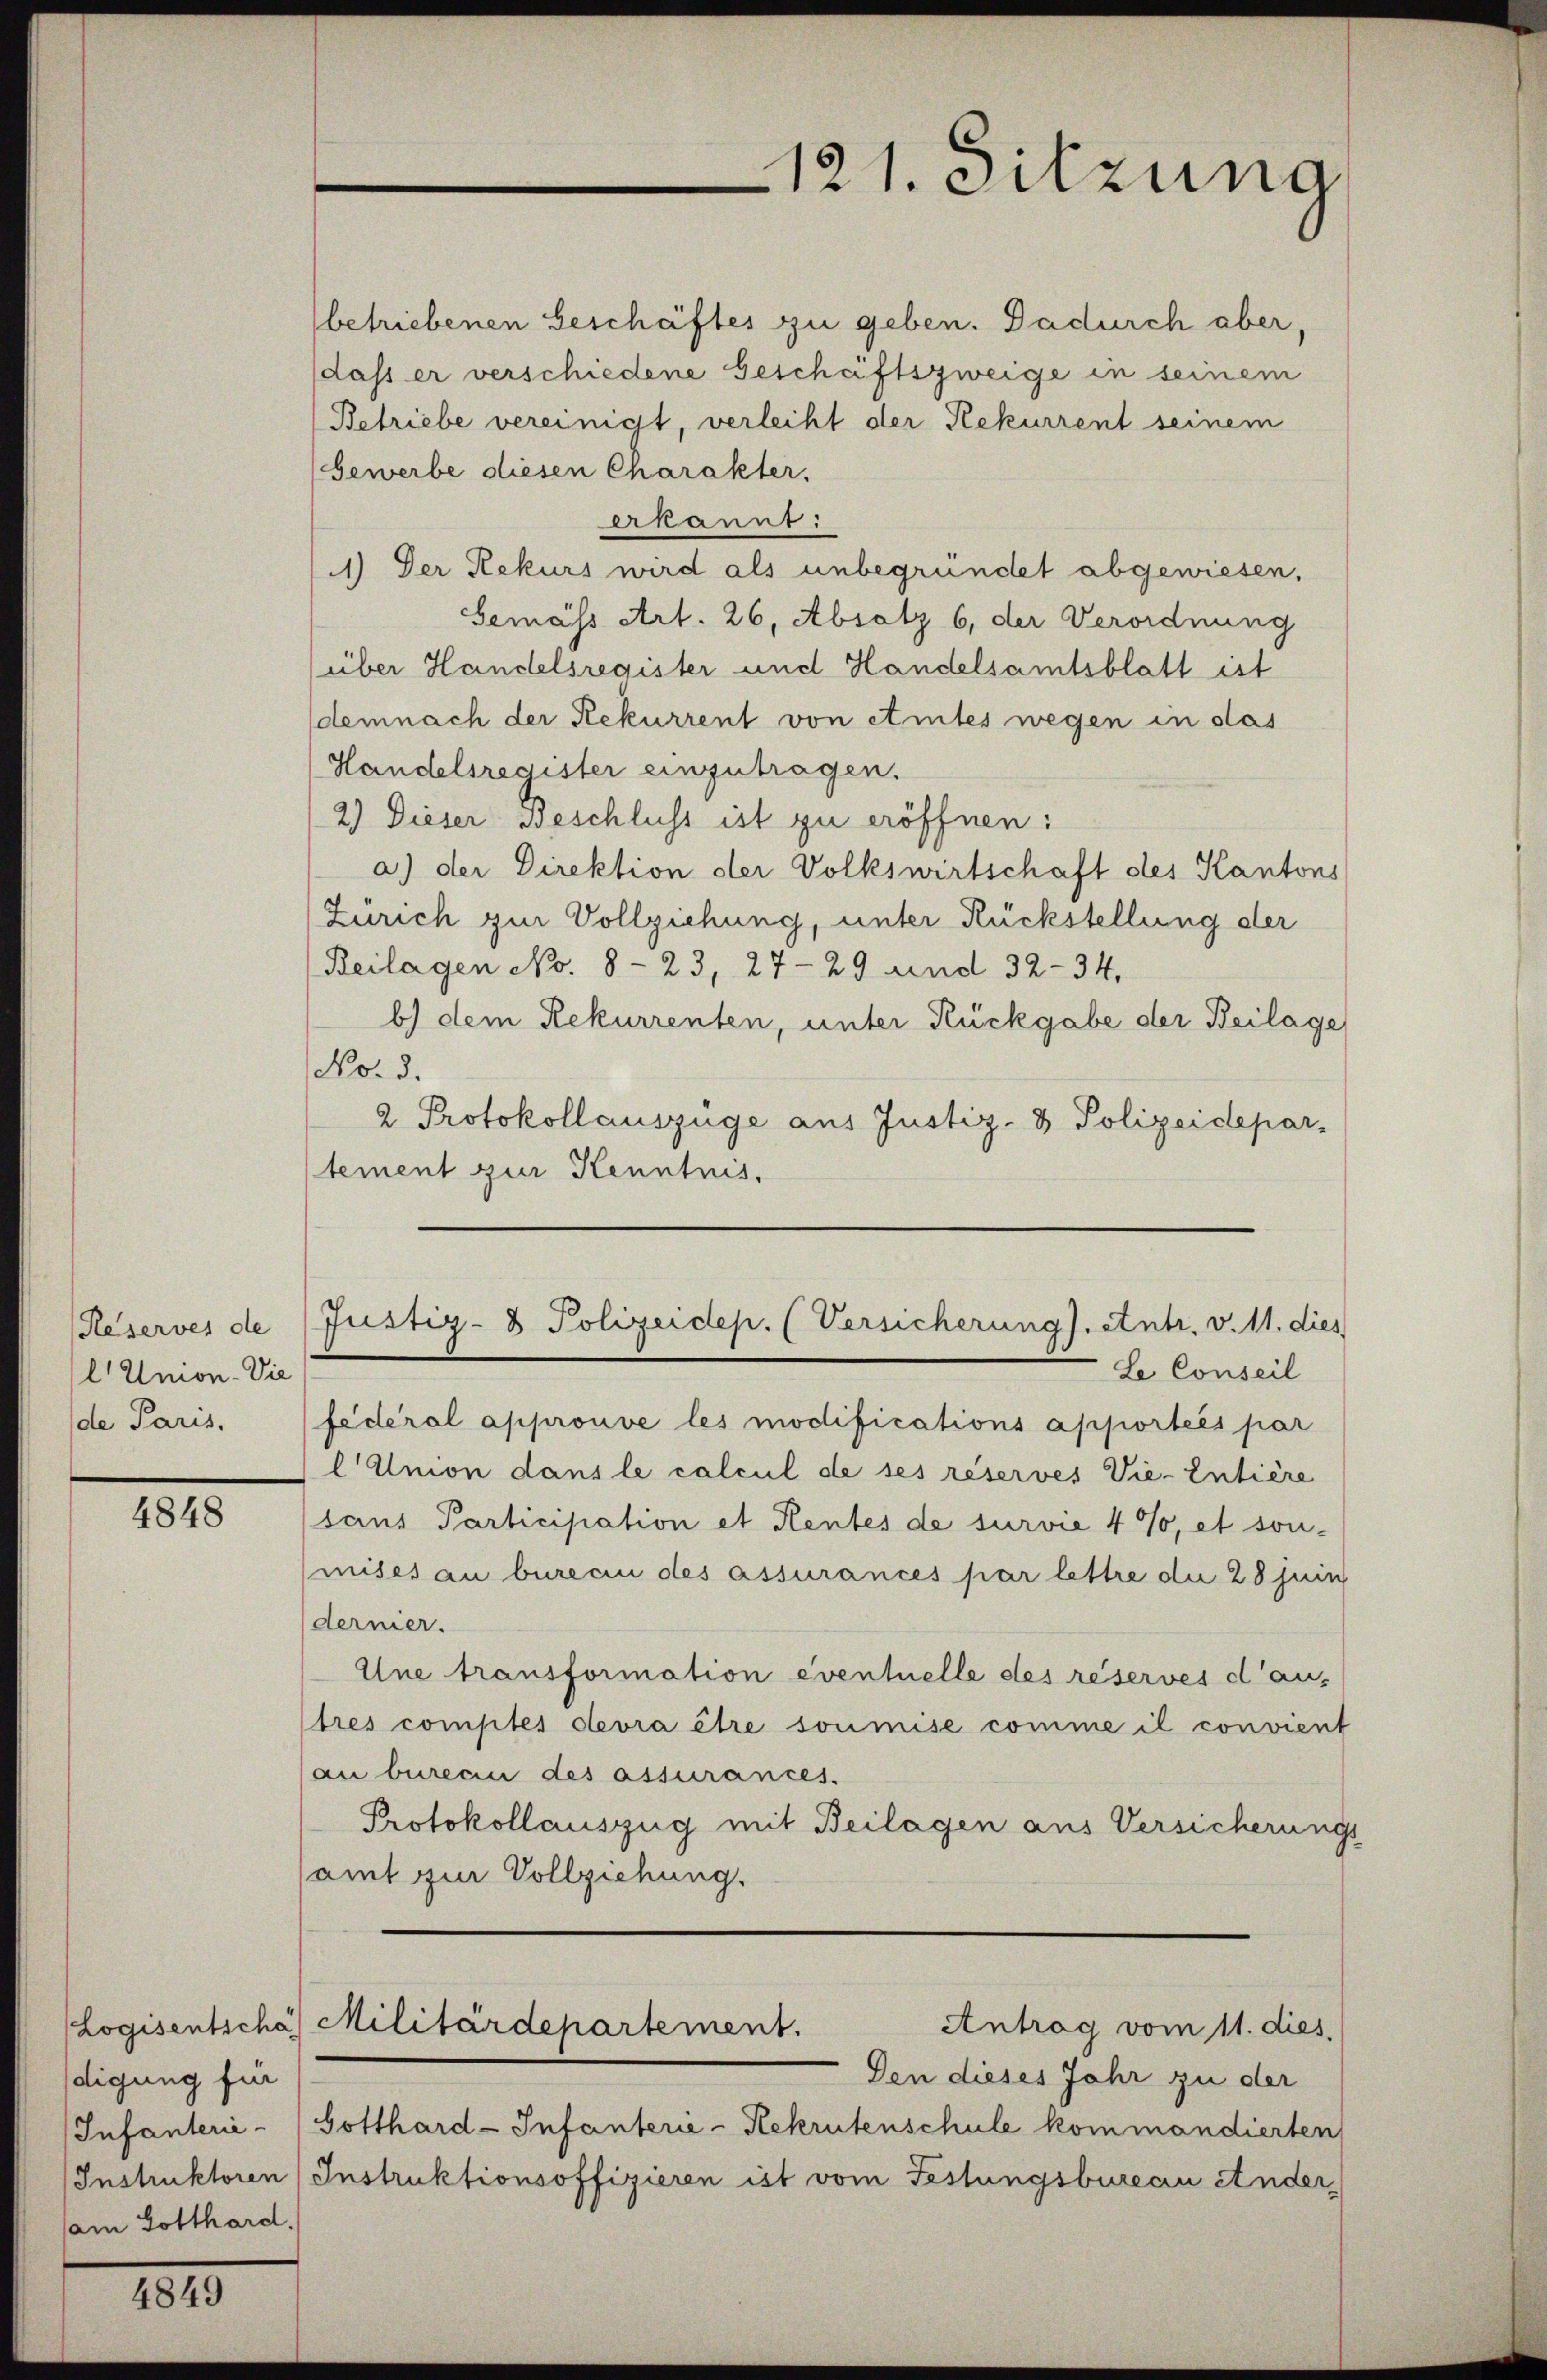
Reserves de
lUmon. Vie
de Paris.

4848

digung für
Infanteri-
Instruktoren
am Gotthard.

4849

(betriebenen Beschäftes zu geben. Dadurch aber,
dass er verschiedene Geschäftszweige in seinem
Betriebe vereinigt, verleiht der Rekurrent seinem
Gewerbe diesen Charakter,
erkannt:
1) Der Rekurs wird als unbegründet abgewiesen,
Gemäss Art. 26, Absatz 6, der Verordnung
über Handelsregister und Handelsamtsblatt ist
demnach der Rekurrent von etmtes wegen in das
Handelsregister einzutragen.
2) Dieser Beschluss ist zu eröffnen:
a.) der Direktion der Volkswirtschaft des Kantons
(Zürich zur Vollziehung, unter Rückstellung der
Reilagen No. 823, 27-29 und 32-34.
b) dem Rekurrenten, unter Rückgabe der Beilage
No. 3.
2 Protokollauszüge aus Justiz- & Polizeidepar-
tement zur Kenntnis.

121. Sitzung

Justiz- & Polizeidep. (Versicherung). Antr. v. 11. dies
Le Conseil

fédéral approuve les modifications apportés par
Union dans le calcul de ses réserves Vie-Entière
sans Participation et Rentes de survie 4 %, et son-
mises au burecin des assurances par lettre die 28 Juin
dernier.
Une transformation eventuelle des réserves dautres comptes devra être soumise comme il convient
au bureau des assurances.
Protokollauszug mit Beilagen aus Versicherungs
samt zur Vollziehung.

(Logisentschas Militärdepartement.
Antrag vom 11. dies

Den dieses Jahr zu der
Gotthard-Infanterie-Rekrutenschule kommandierten
Instruktionsoffizieren ist vom Festungsbureau Ander